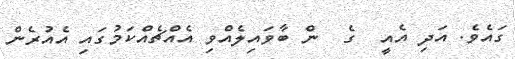
ގައެވެ. އަދި އެއީ  ގެ  ން ބާވައިލެއްވި އެއްޗެއްކަމުގައި އެއުރެން